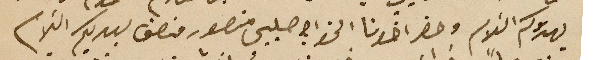
يهدوكم السَلام وحضر اخونا الخواجه صليبي منصور منصف ليهديكم السَلام